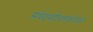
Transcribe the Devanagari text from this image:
संवेदनहीनताकर्ताओं